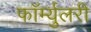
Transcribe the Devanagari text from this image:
फॉर्म्युलरी